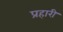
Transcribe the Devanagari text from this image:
प्रहारी